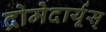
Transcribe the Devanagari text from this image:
द्रोमेदार्यूस्